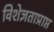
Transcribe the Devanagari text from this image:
विशेज्ञताप्राप्त